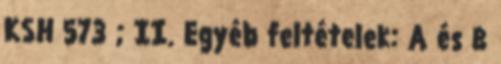
KSH 573 ; II. Egyéb feltételek: A és B